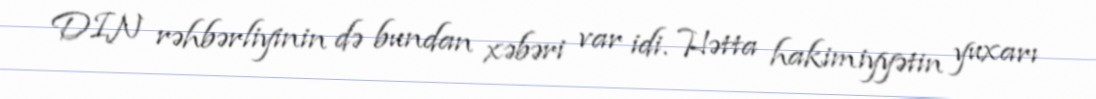
DIN rəhbərliyinin də bundan xəbəri var idi. Hətta hakimiyyətin yuxarı